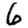
Digit: 6